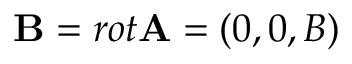
\mathbf { B } = r o t \mathbf { A } = ( 0 , 0 , B )